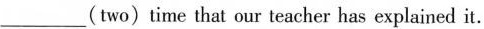
___(two)time that our teacher has explained it.